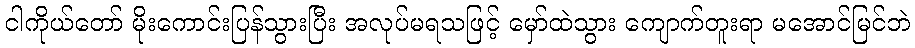
ငါကိုယ်တော် မိုးကောင်းပြန်သွားပြီး အလုပ်မရသဖြင့် မှော်ထဲသွား ကျောက်တူးရာ မအောင်မြင်ဘဲ